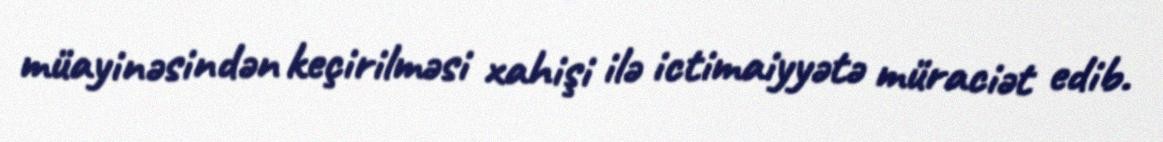
müayinəsindən keçirilməsi xahişi ilə ictimaiyyətə müraciət edib.